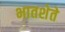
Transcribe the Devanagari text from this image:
भातशेते